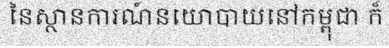
នៃស្ថានការណ៍នយោបាយនៅកម្ពុជា ក៏